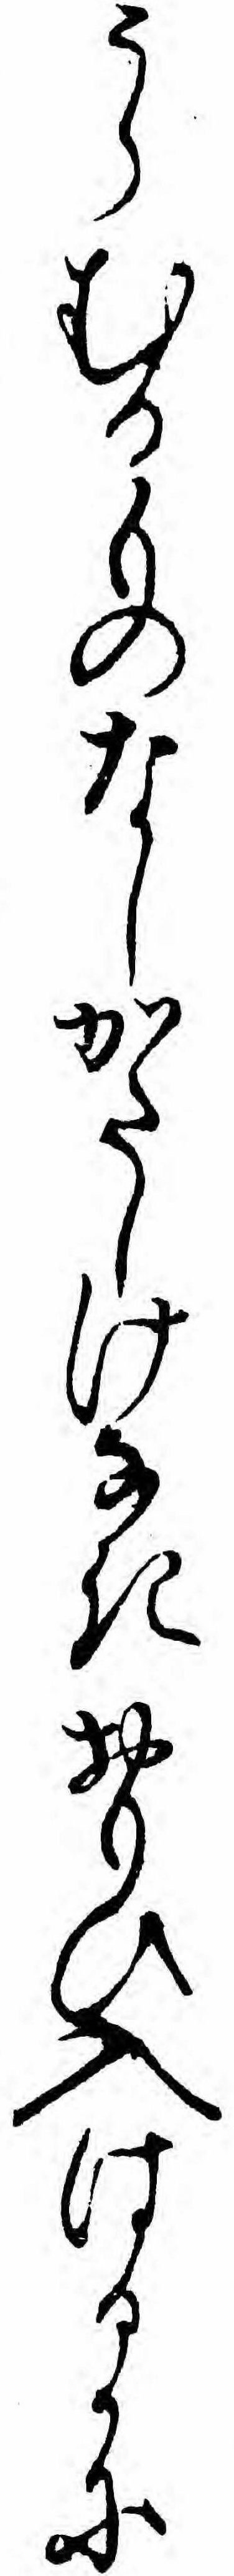
うらむるものなしかたしけなきおもひ入はるかに